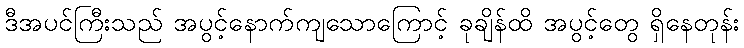
ဒီအပင်ကြီးသည် အပွင့်နောက်ကျသောကြောင့် ခုချိန်ထိ အပွင့်တွေ ရှိနေတုန်း